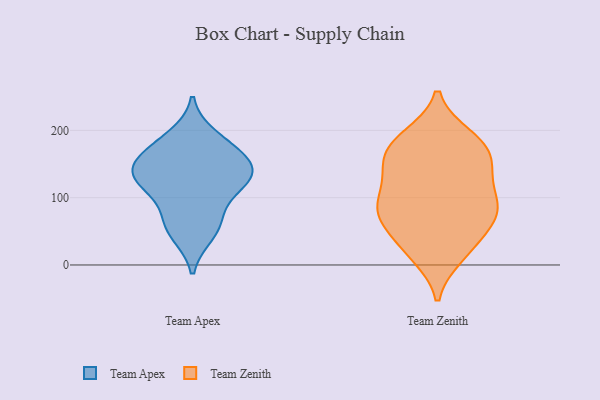
{"axis": {"x": "LTV (USD)", "y": "Value"}, "legend": ["Team Apex", "Team Zenith"], "data": [{"x": "", "y": 115, "type": "Team Apex"}, {"x": "", "y": 137, "type": "Team Apex"}, {"x": "", "y": 132, "type": "Team Apex"}, {"x": "", "y": 151, "type": "Team Apex"}, {"x": "", "y": 191, "type": "Team Apex"}, {"x": "", "y": 58, "type": "Team Apex"}, {"x": "", "y": 46, "type": "Team Apex"}, {"x": "", "y": 171, "type": "Team Apex"}, {"x": "", "y": 135, "type": "Team Apex"}, {"x": "", "y": 168, "type": "Team Apex"}, {"x": "", "y": 73, "type": "Team Apex"}, {"x": "", "y": 120, "type": "Team Apex"}, {"x": "", "y": 163, "type": "Team Zenith"}, {"x": "", "y": 127, "type": "Team Zenith"}, {"x": "", "y": 95, "type": "Team Zenith"}, {"x": "", "y": 80, "type": "Team Zenith"}, {"x": "", "y": 132, "type": "Team Zenith"}, {"x": "", "y": 191, "type": "Team Zenith"}, {"x": "", "y": 186, "type": "Team Zenith"}, {"x": "", "y": 14, "type": "Team Zenith"}, {"x": "", "y": 144, "type": "Team Zenith"}, {"x": "", "y": 53, "type": "Team Zenith"}, {"x": "", "y": 21, "type": "Team Zenith"}, {"x": "", "y": 103, "type": "Team Zenith"}, {"x": "", "y": 24, "type": "Team Zenith"}, {"x": "", "y": 164, "type": "Team Zenith"}, {"x": "", "y": 75, "type": "Team Zenith"}, {"x": "", "y": 187, "type": "Team Zenith"}, {"x": "", "y": 66, "type": "Team Zenith"}, {"x": "", "y": 79, "type": "Team Zenith"}, {"x": "", "y": 162, "type": "Team Zenith"}, {"x": "", "y": 82, "type": "Team Zenith"}]}